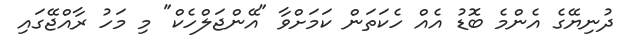
ދުނިޔޭގެ އެންމެ ބޮޑު އެއް ހެކަތަން ކަމަށްވާ "އޭންޖަލްހެކް" މި މަހު ރާއްޖޭގައި